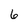
Character: 6